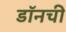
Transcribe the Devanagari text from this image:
डॉनची